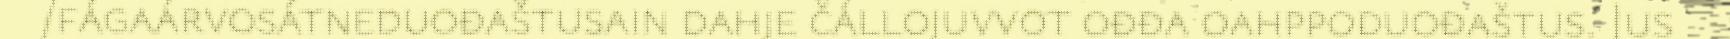
/fágaárvosátneduođaštusain dahje čállojuvvot ođđa oahppoduođaštus. Jus